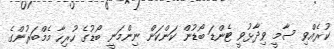
ކުރެއްވި ސާމީ ވިދާޅުވީ ޓެންޑަ ބޯޑުން ކަންކަން ނިންމަނީ ބޯޑުގެ ހުރިހާ މެމްބަރުންގެ